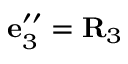
{ \bf e } _ { 3 } ^ { \prime \prime } = { \bf R } _ { 3 }